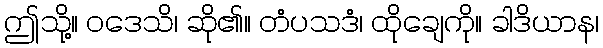
ဤသို့။ ဝဒေသိ၊ ဆို၏။ တံပသဒံ၊ ထိုချေကို။ ခါဒိယာန၊